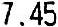
7.45